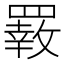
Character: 𦌙